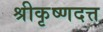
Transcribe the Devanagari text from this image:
श्रीकृष्णदत्त